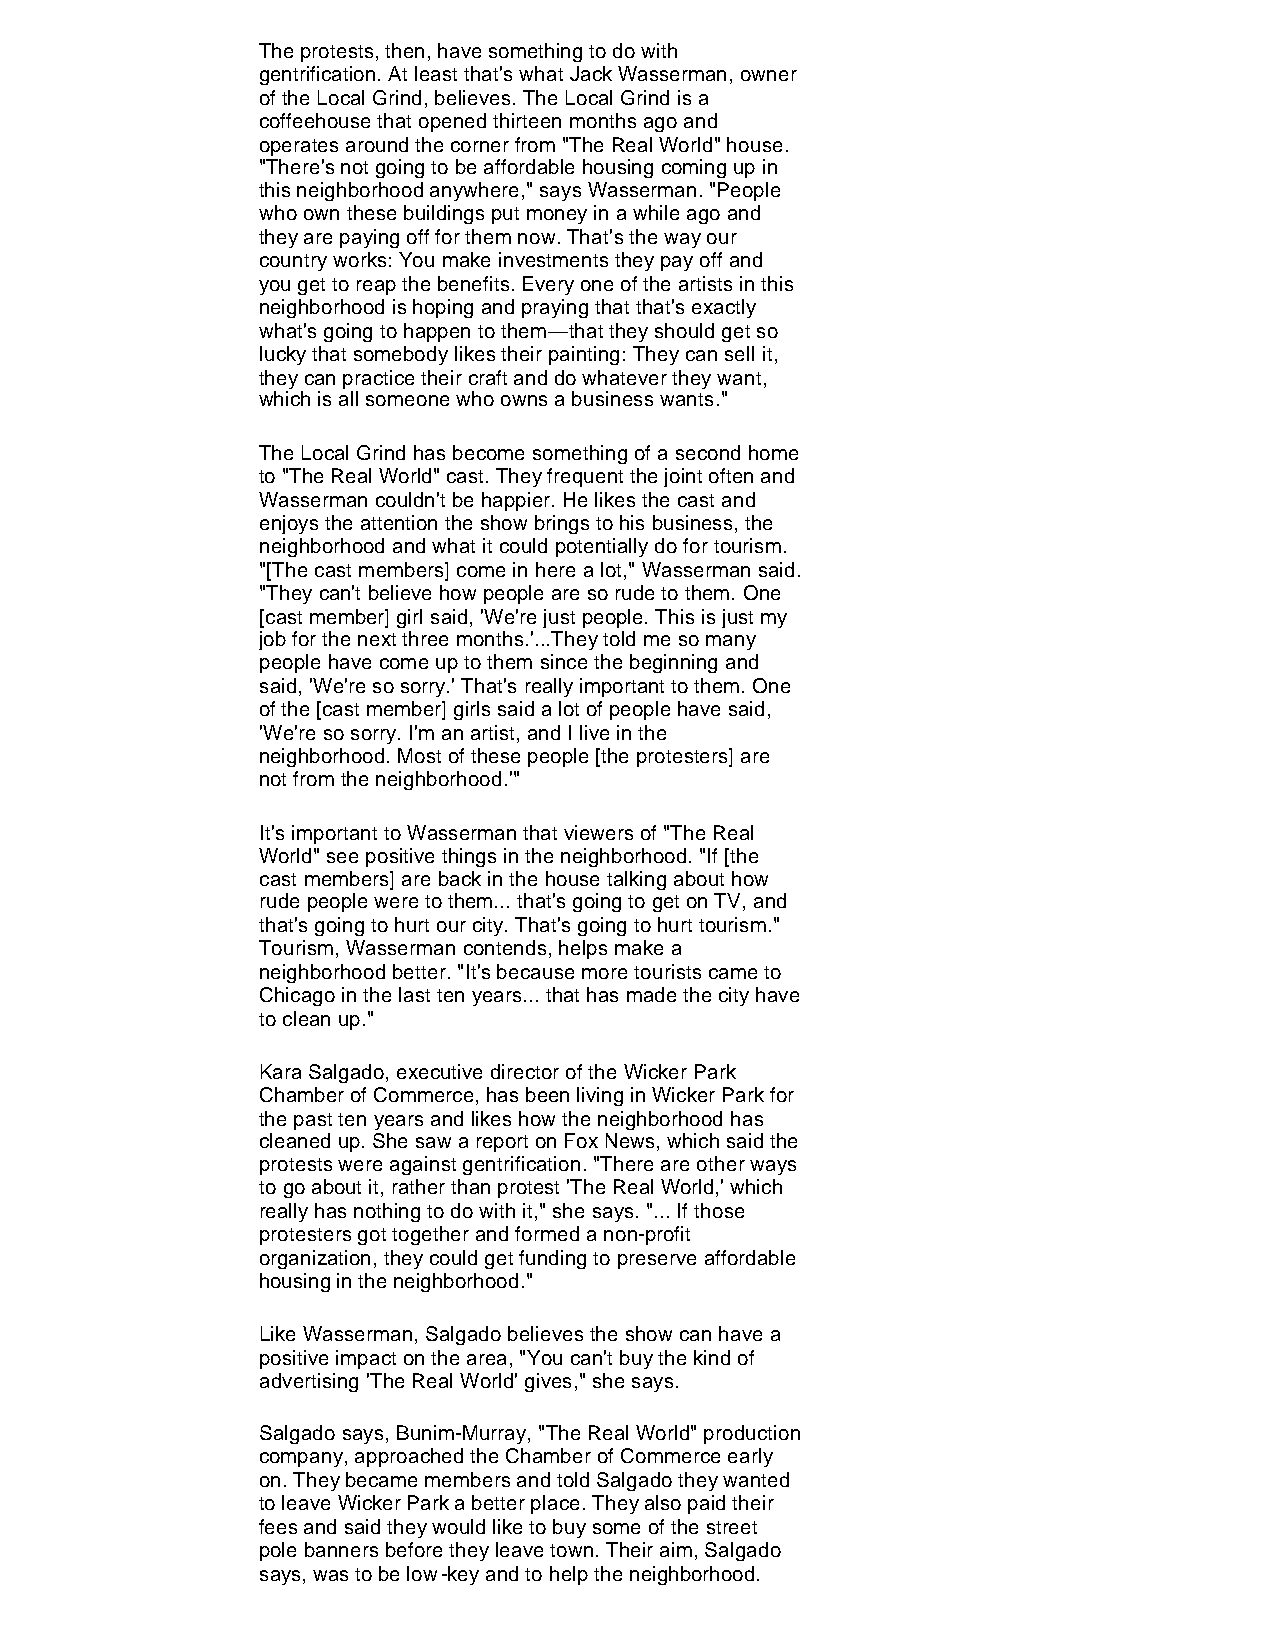
The protests, then, have something to do with
 gentrification. At least that's what Jack Wasserman, owner
 of the Local Grind, believes. The Local Grind is a
 coffeehouse that opened thirteen months ago and
 operates around the corner from "The Real World" house.
 "There's not going to be affordable housing coming up in
 this neighborhood anywhere," says Wasserman. "People
 who own these buildings put money in a while ago and
 they are paying off for them now. That's the way our
 country works: You make investments they pay off and
 you get to reap the benefits. Every one of the artists in this
 neighborhood is hoping and praying that that's exactly
 what's going to happen to them—that they should get so
 lucky that somebody likes their painting: They can sell it,
 they can practice their craft and do whatever they want,
 which is all someone who owns a business wants."
 The Local Grind has become something of a second home
 to "The Real World" cast. They frequent the joint often and
 Wasserman couldn't be happier. He likes the cast and
 enjoys the attention the show brings to his business, the
 neighborhood and what it could potentially do for tourism.
 "[The cast members] come in here a lot," Wasserman said.
 "They can't believe how people are so rude to them. One
 [cast member] girl said, 'We're just people. This is just my
 job for the next three months.'...They told me so many
 people have come up to them since the beginning and
 said, 'We're so sorry.' That's really important to them. One
 of the [cast member] girls said a lot of people have said,
 'We're so sorry. I'm an artist, and I live in the
 neighborhood. Most of these people [the protesters] are
 not from the neighborhood.'"
 It's important to Wasserman that viewers of "The Real
 World" see positive things in the neighborhood. "If [the
 cast members] are back in the house talking about how
 rude people were to them... that's going to get on TV, and
 that's going to hurt our city. That's going to hurt tourism."
 Tourism, Wasserman contends, helps make a
 neighborhood better. "It's because more tourists came to
 Chicago in the last ten years... that has made the city have
 to clean up."
 Kara Salgado, executive director of the Wicker Park
 Chamber of Commerce, has been living in Wicker Park for
 the past ten years and likes how the neighborhood has
 cleaned up. She saw a report on Fox News, which said the
 protests were against gentrification. "There are other ways
 to go about it, rather than protest 'The Real World,' which
 really has nothing to do with it," she says. "... If those
 protesters got together and formed a non-profit
 organization, they could get funding to preserve affordable
 housing in the neighborhood."
 Like Wasserman, Salgado believes the show can have a
 positive impact on the area, "You can't buy the kind of
 advertising 'The Real World' gives," she says.
 Salgado says, Bunim-Murray, "The Real World" production
 company, approached the Chamber of Commerce early
 on. They became members and told Salgado they wanted
 to leave Wicker Park a better place. They also paid their
 fees and said they would like to buy some of the street
 pole banners before they leave town. Their aim, Salgado
 says, was to be low-key and to help the neighborhood.